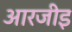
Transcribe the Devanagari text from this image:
आरजीइ